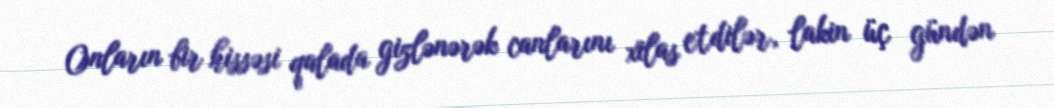
Onların bir hissəsi qalada gizlənərək canlarını xilas etdilər, lakin üç gündən